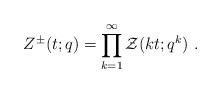
LaTeX: \begin{align*}Z^\pm(t;q) = \prod_{k=1}^\infty {\cal Z}(kt;q^k)~.\end{align*}